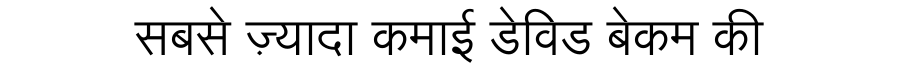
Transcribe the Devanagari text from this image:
सबसे ज़्यादा कमाई डेविड बेकम की